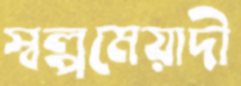
স্বল্পমেয়াদী